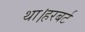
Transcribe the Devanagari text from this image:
था।हरबर्ट